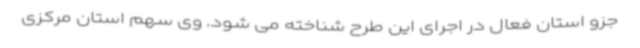
جزو استان فعال در اجرای این طرح شناخته می شود. وی سهم استان مرکزی